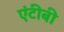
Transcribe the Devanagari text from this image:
एंटीबी